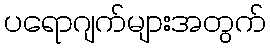
ပရောဂျက်များအတွက်